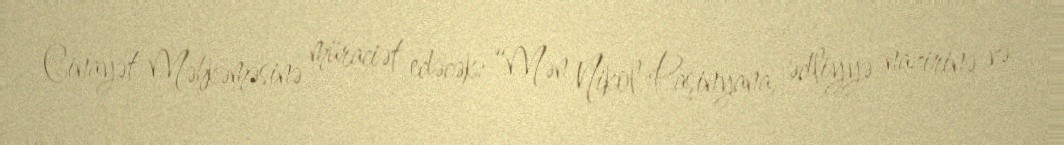
Cinayət Məhkəməsinə müraciət edəcək: “Mən Nikol Paşinyana, ədliyyə nazirinə və